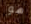
هو